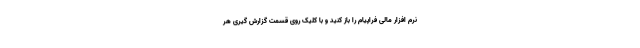
نرم افزار مالی فراپیام را باز کنید و با کلیک روی قسمت گزارش گیری هر